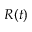
R ( t )